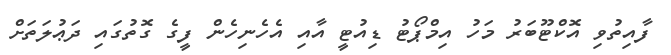
ފާއިތުވި އޮކްޓޫބަރު މަހު އިމްޕޯޓު ޑިއުޓީ އާއި އެހެނިހެން ފީގެ ގޮތުގައި ދަޢުލަތަށް